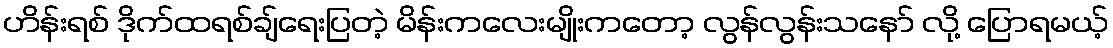
ဟိန်းရစ် ဒိုက်ထရစ်ချ်ရေးပြတဲ့ မိန်းကလေးမျိုးကတော့ လွန်လွန်းသနော် လို့ ပြောရမယ့်